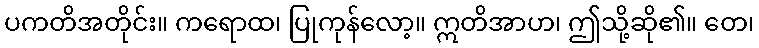
ပကတိအတိုင်း။ ကရောထ၊ ပြုကုန်လော့။ ဣတိအာဟ၊ ဤသို့ဆို၏။ တေ၊